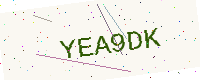
Text: YEA9DK